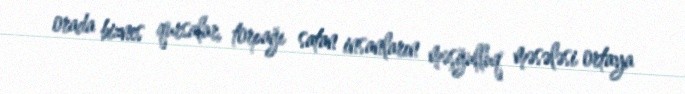
orada biznes qursalar, torpağı satan insanların məşğulluq məsələsi ortaya